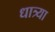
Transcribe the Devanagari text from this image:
धात्र्या